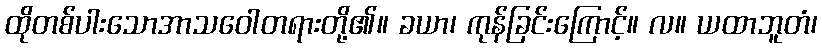
ထိုတစ်ပါးသောအာသဝေါတရားတို့၏။ ခယာ၊ ကုန်ခြင်းကြောင့်။ လ။ ယထာဘူတံ၊